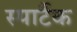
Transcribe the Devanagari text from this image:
स्पार्टैक